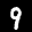
Label: 9